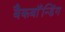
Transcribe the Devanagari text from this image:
बैकबॉंन्डिंग